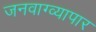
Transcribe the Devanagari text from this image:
जनवाग्व्यापार